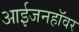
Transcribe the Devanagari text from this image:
आईजनहॉवर